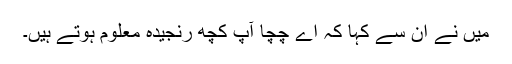
میں نے ان سے کہا کہ اے چچا آپ کچھ رنجیدہ معلوم ہوتے ہیں۔